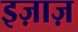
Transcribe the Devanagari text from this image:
इज़ाज़